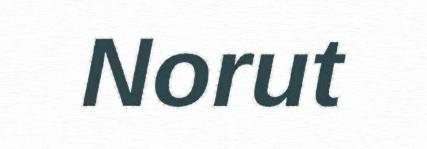
Norut